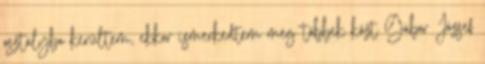
osztályba kerültem, ekkor ismerkedtem meg többek közt Gábor József